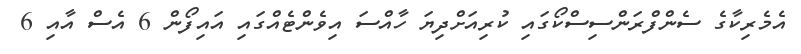
އެމެރިކާގެ ސެންފްރަންސިސްކޯގައި ކުރިއަށްދިޔަ ހާއްސަ އިވެންޓެއްގައި އައިފޯން 6 އެސް އާއި 6